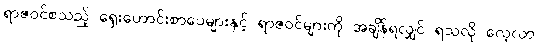
ရာဇဝင်စသည့် ရှေးဟောင်းစာပေများနှင့် ရာဇဝင်များကို အချိန်ရလျှင် ရသလို လေ့လာ